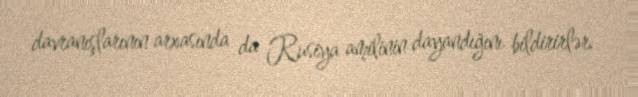
davranışlarının arxasında da Rusiya amilinin dayandığını bildirirlər.